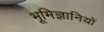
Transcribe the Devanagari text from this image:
भूमिज्ञानियों